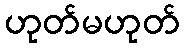
ဟုတ်မဟုတ်